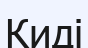
Киді